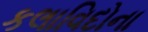
કલાવિદોના